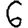
Digit: 6